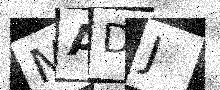
Text: MADJ